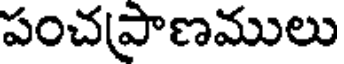
పంచపాణములు